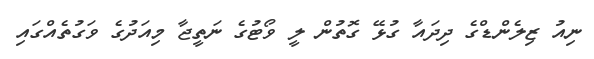
ނިއު ޒިލެންޑްގެ ދިދައާ ގުޅޭ ގޮތުން ލީ ވޯޓުގެ ނަތީޖާ މިއަދުގެ ވަގުތެއްގައި